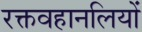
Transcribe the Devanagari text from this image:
रक्तवहानलियों